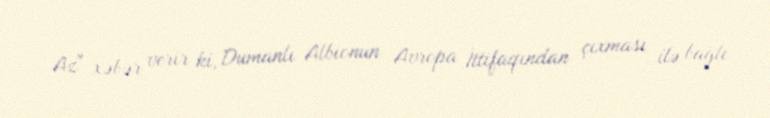
Az" xəbər verir ki, Dumanlı Albionun Avropa İttifaqından çıxması ilə bağlı